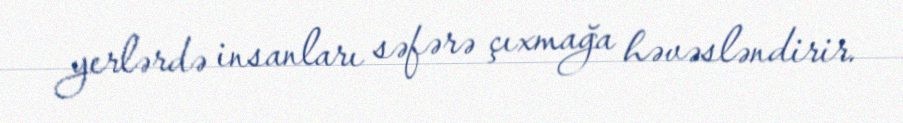
yerlərdə insanları səfərə çıxmağa həvəsləndirir.